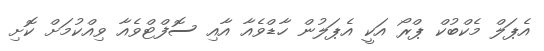
އެޕަލް މެކްބުކް ޕްރޯ އަކީ އެޕަލުން ހާޑްވެއާ އާއި ސޮފްޓްވެއާ ވިއްކުމަށް ކޮށި